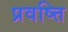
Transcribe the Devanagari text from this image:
प्रवष्त्ति